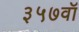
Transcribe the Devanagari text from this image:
३५७वॉ